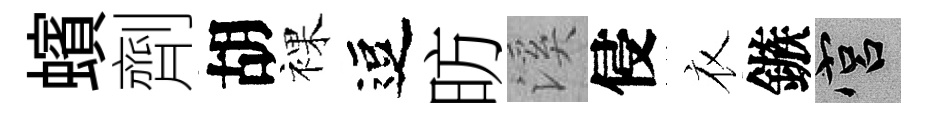
蠙劑胡裸逗昉溪侵衣鏃宫